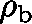
\mathbf { \rho } _ { \mathrm { b } }